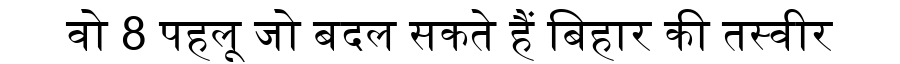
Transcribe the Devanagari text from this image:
वो 8 पहलू जो बदल सकते हैं बिहार की तस्वीर